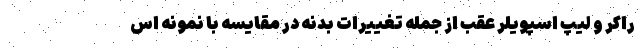
راکر و لیپ اسپویلر عقب از جمله تغییرات بدنه در مقایسه با نمونه اس